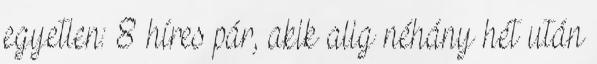
egyetlen: 8 híres pár, akik alig néhány hét után